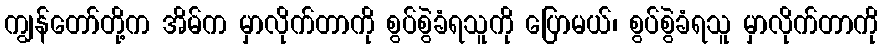
ကျွန်တော်တို့က အိမ်က မှာလိုက်တာကို စွပ်စွဲခံရသူကို ပြောမယ်၊ စွပ်စွဲခံရသူ မှာလိုက်တာကို